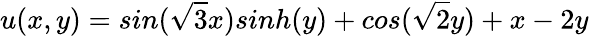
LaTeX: u(x,y)=sin(\sqrt{3}x)sinh(y)+cos(\sqrt{2}y)+x-2y